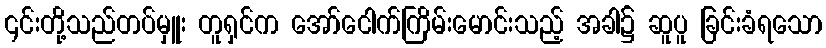
၎င်းတို့သည်တပ်မှူး တူရှင်က အော်ငေါက်ကြိမ်းမောင်းသည့် အခါ၌ ဆူပူ ခြင်းခံရသော